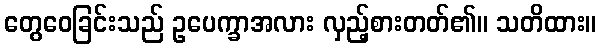
တွေဝေခြင်းသည် ဥပေက္ခာအလား လှည့်စားတတ်၏။ သတိထား။